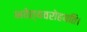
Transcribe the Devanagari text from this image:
भवेत्यवरोहयति।